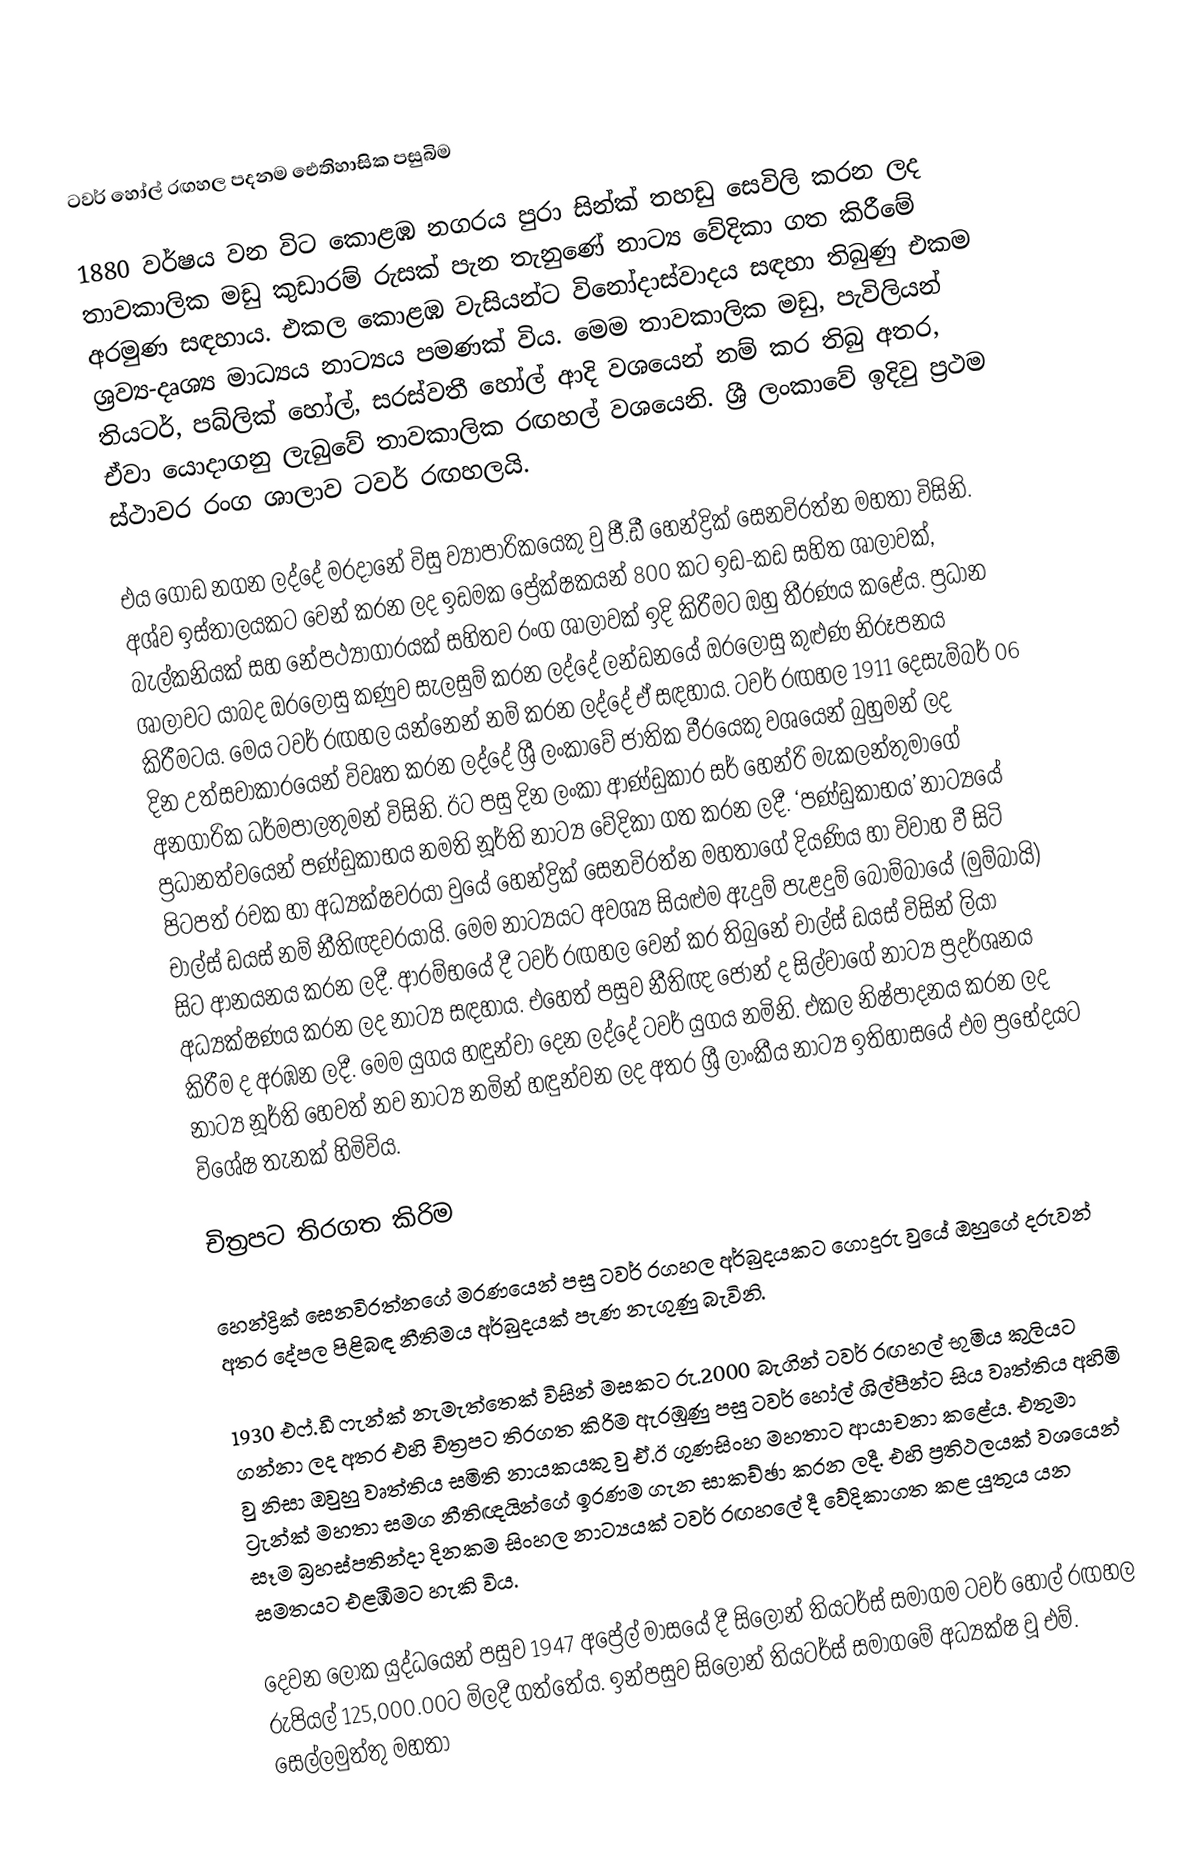

ටවර් හෝල් රඟහල පදනම ඓතිහාසික පසුබිම

1880 වර්ෂය වන විට කොළඹ නගරය පුරා සින්ක් තහඩු සෙවිලි කරන ලද තාවකාලික මඩු කුඩාරම් රුසක් පැන තැනුණේ නාට්‍ය වේදිකා ගත කිරීමේ අරමුණ සඳහාය. එකල කොළඹ වැසියන්ට විනෝදාස්වාදය සඳහා තිබුණු එකම ශ්‍රව්‍ය-දෘශ්‍ය මාධ්‍යය නාට්‍යය පමණක් විය. මෙම තාවකාලික මඩු, පැවිලියන් තියටර්, පබ්ලික් හෝල්, සරස්වතී හෝල් ආදි වශයෙන් නම් කර තිබු අතර, ඒවා යොදාගනු ලැබුවේ තාවකාලික රඟහල් වශයෙනි. ශ්‍රී ලංකාවේ ඉදිවු ප්‍රථම ස්ථාවර රංග ශාලාව ටවර් රඟහලයි.

එය ගොඩ නගන ලද්දේ මරදානේ විසු ව්‍යාපාරිකයෙකු වු ජී.ඩී හෙන්ද්‍රික් සෙනවිරත්න මහතා විසිනි. අශ්ව ඉස්තාලයකට වෙන් කරන ලද ඉඩමක ප්‍රේක්ෂකයන් 800 කට ඉඩ-කඩ සහිත ශාලාවක්, බැල්කනියක් සහ නේපථ්‍යාගාරයක් සහිතව රංග ශාලාවක් ඉදි කිරීමට ඔහු තීරණය කළේය. ප්‍රධාන ශාලාවට යාබද ඔරලෝසු කණුව සැලසුම් කරන ලද්දේ ලන්ඩනයේ ඔරලෝසු කුළුණ නිරූපනය කිරීමටය. මෙය ටවර් රඟහල යන්නෙන් නම් කරන ලද්දේ ඒ සඳහාය. ටවර් රඟහල 1911 දෙසැම්බර් 06 දින උත්සවාකාරයෙන් විවෘත කරන ලද්දේ ශ්‍රී ලංකාවේ ජාතික වීරයෙකු වශයෙන් බුහුමන් ලද අනගාරික ධර්මපාලතුමන් විසිනි. ඊට පසු දින ලංකා ආණ්ඩුකාර සර් හෙන්රි මැකලන්තුමාගේ ප්‍රධානත්වයෙන් පණ්ඩුකාභය නමති නූර්ති නාට්‍ය වේදිකා ගත කරන ලදී. ‘පණ්ඩුකාභය’ නාට්‍යයේ පිටපත් රචක හා අධ්‍යක්ෂවරයා වුයේ හෙන්ද්‍රික් සෙනවිරත්න මහතාගේ දියණිය හා විවාහ වී සිටි චාල්ස් ඩයස් නම් නීතිඥවරයායි. මෙම නාට්‍යයට අවශ්‍ය සියළුම ඇදුම් පැළදුම් බොම්බායේ (මුම්බායි) සිට ආනයනය කරන ලදී. ආරම්භයේ දී ටවර් රඟහල වෙන් කර තිබුනේ චාල්ස් ඩයස් විසින් ලියා අධ්‍යක්ෂණය කරන ලද නාට්‍ය සඳහාය. එහෙත් පසුව නීතිඥ ජෝන් ද සිල්වාගේ නාට්‍ය ප්‍රදර්ශනය කිරීම ද අරඹන ලදී. මෙම යුගය හඳුන්වා දෙන ලද්දේ ටවර් ‍යුගය නමිනි. එකල නිෂ්පාදනය කරන ලද නාට්‍ය නූර්ති හෙවත් නව නාට්‍ය නමින් හඳුන්වන ලද අතර ශ්‍රී ලාංකීය නාට්‍ය ඉතිහාසයේ එම ප්‍රභේදයට විශේෂ තැනක් හිමිවිය.

චිත්‍රපට තිරගත කිරිම

හෙන්ද්‍රික් සෙනවිරත්නගේ මරණ‍‍යෙන් පසු ටවර් රගහල අර්බුදයකට ‍‍ගොදුරු වුයේ  ඔහුගේ  දරුවන් අතර දේපල පිළිබඳ නීතිමය අර්බුදයක් පැණ නැගුණු බැවිනි.

1930 එෆ්.ඩී ෆැන්ක් නැමැත්තෙක් විසින් මසකට රු.2000 බැගින් ටවර් රඟහල් භුමිය කුලියට ගන්නා ලද අතර එහි චිත්‍රපට තිරගත කිරිම ඇරඹුණු පසු ටවර් හෝල් ශිල්පීන්ට සිය වෘත්තිය අහිමි වු නිසා ඔවුහු වෘත්තිය සමිති නායකයකු වු ඒ.ඊ ගුණසිංහ මහතාට ආයාචනා කළේය. එතුමා ට්‍රැන්ක් මහතා සමග නීතිඥයින්ගේ ඉරණම ගැන සාකච්ඡා කරන ලදී. එහි ප්‍රතිථලයක් ව‍ශයෙන් සෑම බ්‍රහස්පතින්දා දිනකම සිංහල නාට්‍යයක් ටවර් රඟහලේ දී වේදිකාගත කළ යුතුය යන සමතයට එළඹීමට හැකි විය.

දෙවන ලෝක යුද්ධයෙන් පසුව 1947 අප්‍රේල් මාසයේ දී සිලෝන් තියටර්ස් සමාගම ටවර් හෝල් රඟහල රුපියල් 125,000.00ට මිලදී ගත්තේය. ඉන්පසුව සිලෝන් තියටර්ස් සමාගමේ අධ්‍යක්ෂ වූ එම්. සෙල්ලමුත්තු මහතා